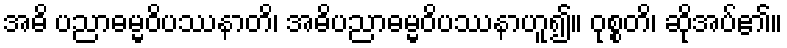
အဓိ ပညာဓမ္မဝိပဿနာတိ၊ အဓိပညာဓမ္မဝိပဿနာဟူ၍။ ဝုစ္စတိ၊ ဆိုအပ်၏။